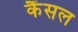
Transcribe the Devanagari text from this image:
कैंसल